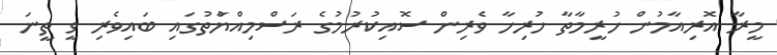
މީރާ އޮރިއާމުން ހުރީމާތާ ހުރިހާ ވެރިން ސޮއިކުރުމުގެ ރަސްމިއްޔާުތުގައި ބައިވެރި ވީ ތީނަ